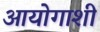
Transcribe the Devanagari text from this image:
आयोगाशी